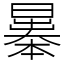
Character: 曓